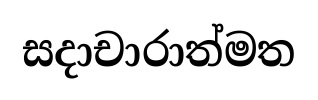
සදාචාරාත්මත